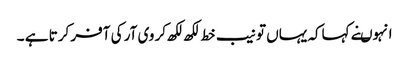
انہوںنے کہاکہ یہاں تو نیب خط لکھ لکھ کر وی آر کی آفر کرتا ہے ۔